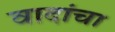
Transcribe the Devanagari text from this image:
वादांचा